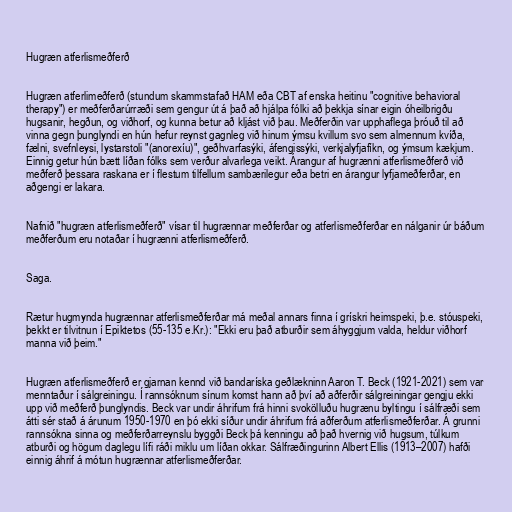
Hugræn atferlismeðferð

Hugræn atferlimeðferð (stundum skammstafað HAM eða CBT af enska heitinu "cognitive behavioral
therapy") er meðferðarúrræði sem gengur út á það að hjálpa fólki að þekkja sínar eigin óheilbrigðu
hugsanir, hegðun, og viðhorf, og kunna betur að kljást við þau. Meðferðin var upphaflega þróuð til að
vinna gegn þunglyndi en hún hefur reynst gagnleg við hinum ýmsu kvillum svo sem almennum kvíða,
fælni, svefnleysi, lystarstoli "(anorexíu)", geðhvarfasýki, áfengissýki, verkjalyfjafíkn, og ýmsum kækjum.
Einnig getur hún bætt líðan fólks sem verður alvarlega veikt. Árangur af hugrænni atferlismeðferð við
meðferð þessara raskana er í flestum tilfellum sambærilegur eða betri en árangur lyfjameðferðar, en
aðgengi er lakara.

Nafnið "hugræn atferlismeðferð" vísar til hugrænnar meðferðar og atferlismeðferðar en nálganir úr báðum
meðferðum eru notaðar í hugrænni atferlismeðferð.

Saga.

Rætur hugmynda hugrænnar atferlismeðferðar má meðal annars finna í grískri heimspeki, þ.e. stóuspeki,
þekkt er tilvitnun í Epiktetos (55-135 e.Kr.): "Ekki eru það atburðir sem áhyggjum valda, heldur viðhorf
manna við þeim."

Hugræn atferlismeðferð er gjarnan kennd við bandaríska geðlækninn Aaron T. Beck (1921-2021) sem var
menntaður í sálgreiningu. Í rannsóknum sínum komst hann að því að aðferðir sálgreiningar gengju ekki
upp við meðferð þunglyndis. Beck var undir áhrifum frá hinni svokölluðu hugrænu byltingu í sálfræði sem
átti sér stað á árunum 1950-1970 en þó ekki síður undir áhrifum frá aðferðum atferlismeðferðar. Á grunni
rannsókna sinna og meðferðarreynslu byggði Beck þá kenningu að það hvernig við hugsum, túlkum
atburði og högum daglegu lífi ráði miklu um líðan okkar. Sálfræðingurinn Albert Ellis (1913–2007) hafði
einnig áhrif á mótun hugrænnar atferlismeðferðar.